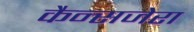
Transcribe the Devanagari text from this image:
कैन्सजेरा